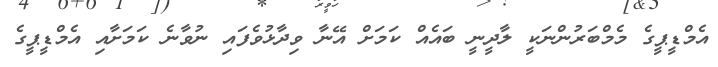
އެމްޑީޕީގެ މެމްބަރުންނަކީ ލާދީނީ ބައެއް ކަމަށް އޭނާ ވިދާޅުވެފައި ނުވާނެ ކަމަށާއި އެމްޑީޕީގެ